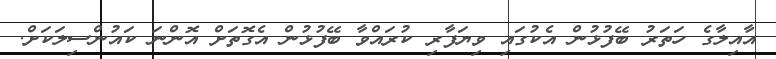
އާއިލާގެ ހަތަރު ބޭފުޅުން އެކުގައި ވިޔަފާރި ކުރައްވާ ބޭފުޅުން އެގޮތަށް އޮންނަ ކައުންސިލަކަށް.